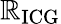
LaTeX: \mathbb{R}_{\mathrm{{ICG}}}